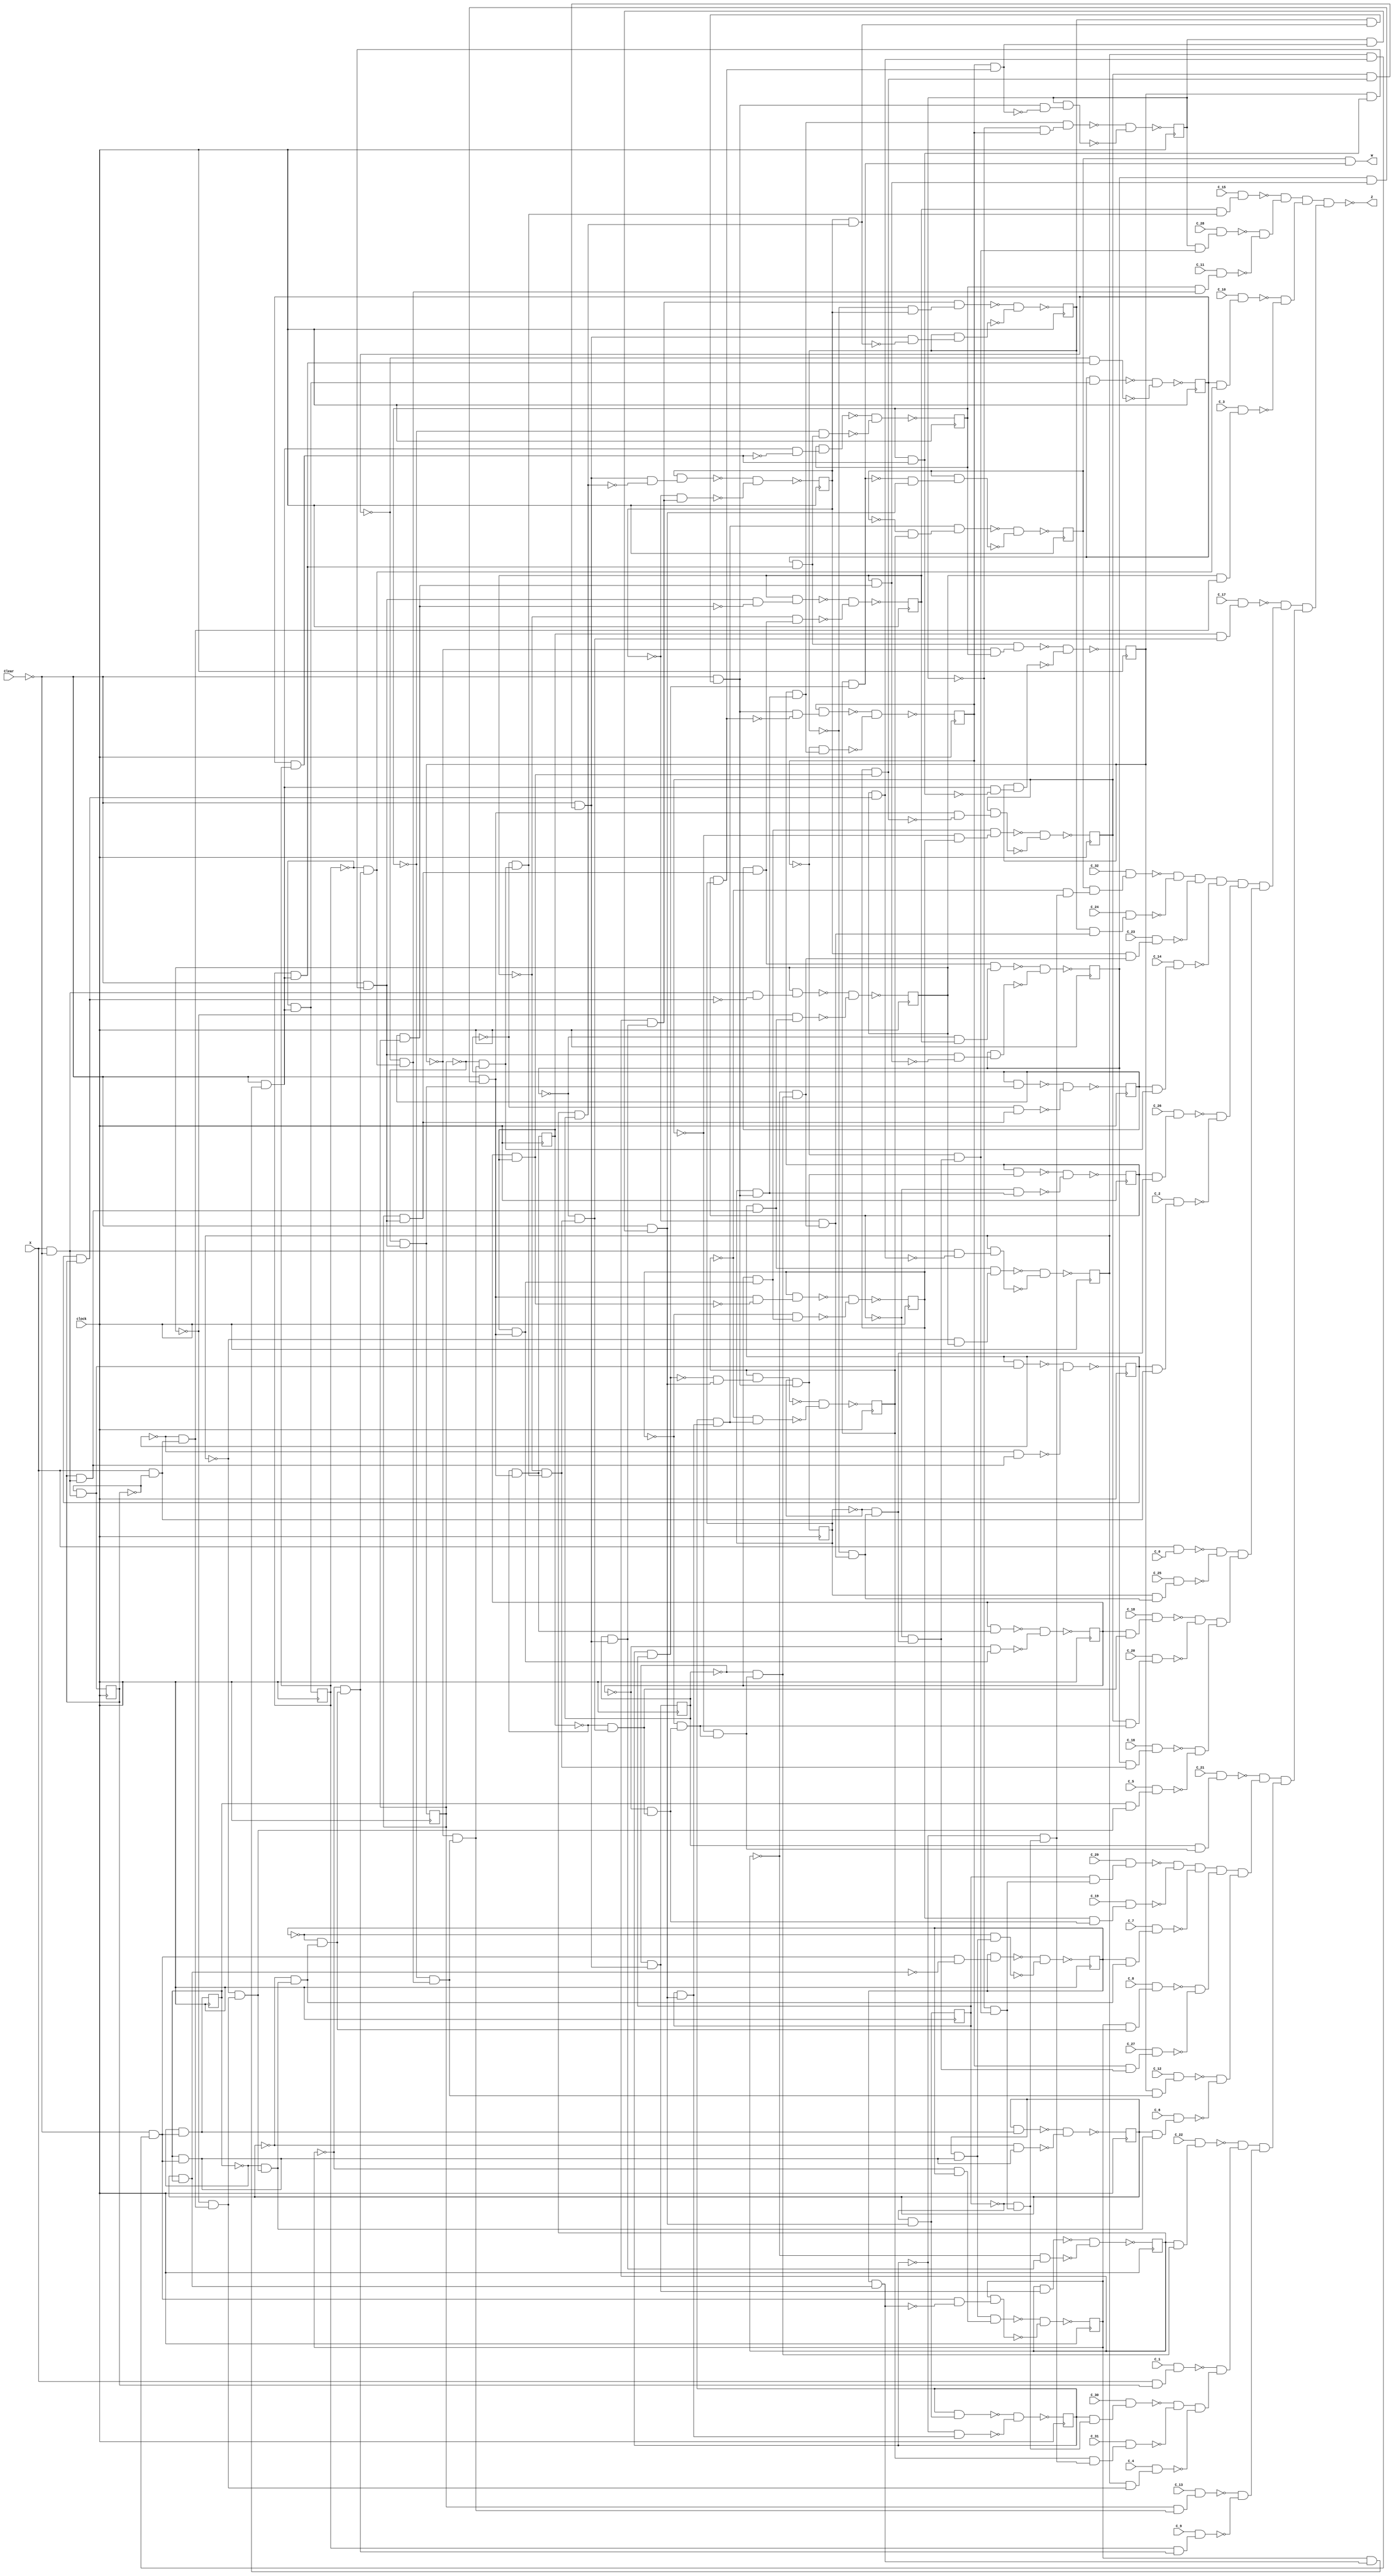
module ex4(clock,X,Clear,C_32,C_31,C_30,C_29,C_28,C_27,C_26,C_25,C_24,C_23,C_22,C_21,C_20,C_19,C_18,C_17,C_16,C_15,C_14,C_13,C_12,C_11,C_10,C_9,C_8,C_7,C_6,C_5,C_4,C_3,C_2,C_1,C_0,W,Z);
input clock;
input X,Clear,C_32,C_31,C_30,C_29,C_28,C_27,C_26,C_25,C_24,C_23,C_22,C_21,C_20,C_19,C_18,C_17,C_16,C_15,C_14,C_13,C_12,C_11,C_10,C_9,C_8,C_7,C_6,C_5,C_4,C_3,C_2,C_1,C_0;
output W,Z;
reg S3,S2,S1,S0,S7,S6,S5,S4,S11,S10,S9,S8,S15,S14,S13,S12,S19,S18,S17,S16,S23,S22,S21,S20,S27,S26,S25,S24,S31,S30,S29,S28;
wire n134,n135,n136_1,n137,n138,n139,n140,n141_1,n142,n143,n144,n145,n146_1,n147,n148,n149,n150,n151_1,n152,n153,n154,n155,n156_1,n157,n158,n159,n160,n161_1,n162,n163,n164,n165,n166_1,n167,n168,n169,n170,n172,n173,n174,n175,n176_1,n177,n178,n179,n180,n181_1,n182,n183,n184,n185,n186_1,n187,n188,n189,n190,n191_1,n192,n193,n194,n195,n196_1,n197,n198,n199,n200,n201_1,n202,n203,n204,n205,n206_1,n207,n208,n209,n210,n211_1,n212,n213,n214,n215,n216_1,n217,n218,n219,n220,n221_1,n222,n223,n224,n225,n226_1,n227,n228,n229,n230,n231_1,n232,n233,n234,n235,n236,n237,n238,n239,n240,n241,n242,n243,n244,n245,n246,n247,n248,n249,n250,n251,n252,n253,n254,n255,n256,n257,n258,n259,n260,n261,n262,n263,n264,n265,n266,n267,n268,n269,n270,n271,n272,n273,n274,n275,n276,n277,n278,n279,n280,n281,n282,n283,n284,n285,n286,n287,n288,n289,n290,n291,n292,n293,n294,n295,n296,n297,n298,n299,n300,n301,n302,n303,n304,n305,n306,n307,n308,n309,n310,n311,n312,n313,n314,n315,n316,n317,n318,n319,n320,n321,n322,n323,n324,n325,n326,n327,n328,n329,n330,n331,n332,n334,n335,n336,n337,n338,n339,n340,n341,n342,n343,n344,n345,n346,n347,n349,n350,n351,n352,n353,n354,n357,n358,n359,n360,n361,n363,n364,n365,n366,n367,n368,n369,n370,n371,n372,n373,n374,n375,n376,n377,n379,n380,n381,n382,n383,n384,n387,n388,n389,n390,n391,n393,n394,n395,n396,n397,n398,n399,n400,n401,n402,n403,n404,n405,n406,n407,n409,n410,n411,n412,n413,n414,n417,n418,n419,n420,n421,n423,n424,n425,n426,n427,n428,n429,n430,n431,n432,n433,n434,n435,n436,n437,n439,n440,n441,n442,n443,n444,n447,n448,n449,n450,n451,n453,n454,n455,n456,n457,n458,n459,n460,n461,n462,n463,n464,n465,n466,n467,n469,n470,n471,n472,n473,n474,n477,n478,n479,n480,n481,n483,n484,n485,n486,n487,n488,n489,n490,n491,n492,n493,n494,n495,n496,n497,n499,n500,n501,n502,n503,n504,n507,n508,n509,n510,n511,n513,n514,n515,n516,n517,n518,n519,n520,n521,n522,n523,n524,n525,n526,n527,n529,n530,n531,n532,n533,n534,n537,n538,n539,n540,n541,n543,n544,n545,n546,n547,n548,n549,n550,n551,n552,n553,n555,n556,n557,n558,n559,n560,n563,n564,n565,n566,n567,NS3,NS2,NS1,NS0,NS7,NS6,NS5,NS4,NS11,NS10,NS9,NS8,NS15,NS14,NS13,NS12,NS19,NS18,NS17,NS16,NS23,NS22,NS21,NS20,NS27,NS26,NS25,NS24,NS31,NS30,NS29,NS28;
not g0(n134,Clear);
not g1(n135,S3);
not g2(n136_1,S2);
not g3(n137,S1);
not g4(n138,S0);
not g5(n139,S7);
not g6(n140,S6);
not g7(n141_1,S5);
not g8(n142,S4);
not g9(n143,S11);
not g10(n144,S10);
not g11(n145,S9);
not g12(n146_1,S8);
not g13(n147,S15);
not g14(n148,S14);
not g15(n149,S13);
not g16(n150,S12);
not g17(n151_1,S19);
not g18(n152,S18);
not g19(n153,S17);
not g20(n154,S16);
not g21(n155,S23);
not g22(n156_1,S22);
not g23(n157,S21);
not g24(n158,S20);
not g25(n159,S27);
not g26(n160,S26);
not g27(n161_1,S25);
not g28(n162,S24);
not g29(n163,S31);
not g30(n164,S30);
not g31(n165,S29);
not g32(n166_1,S28);
and g33(n167,S29,S28);
not g34(n168,n167);
and g35(n169,S30,n167);
not g36(n170,n169);
and g37(W,S31,n169);
and g38(n172,X,n138);
and g39(n173,n137,n172);
and g40(n174,n136_1,n173);
and g41(n175,n135,n174);
and g42(n176_1,n142,n175);
and g43(n177,n141_1,n176_1);
and g44(n178,n140,n177);
and g45(n179,n139,n178);
and g46(n180,n146_1,n179);
and g47(n181_1,n145,n180);
and g48(n182,n144,n181_1);
and g49(n183,n143,n182);
and g50(n184,n150,n183);
and g51(n185,n149,n184);
and g52(n186_1,S14,n185);
and g53(n187,C_15,n186_1);
not g54(n188,n187);
and g55(n189,n148,n185);
and g56(n190,n147,n189);
and g57(n191_1,n154,n190);
and g58(n192,n153,n191_1);
and g59(n193,n152,n192);
and g60(n194,n151_1,n193);
and g61(n195,n158,n194);
and g62(n196_1,n157,n195);
and g63(n197,n156_1,n196_1);
and g64(n198,n155,n197);
and g65(n199,n162,n198);
and g66(n200,n161_1,n199);
and g67(n201_1,n160,n200);
and g68(n202,S27,n201_1);
and g69(n203,C_28,n202);
not g70(n204,n203);
and g71(n205,S10,n181_1);
and g72(n206_1,C_11,n205);
not g73(n207,n206_1);
and g74(n208,n204,n207);
and g75(n209,n188,n208);
and g76(n210,S9,n180);
and g77(n211_1,C_10,n210);
not g78(n212,n211_1);
and g79(n213,S2,n173);
and g80(n214,C_3,n213);
not g81(n215,n214);
and g82(n216_1,n212,n215);
and g83(n217,n209,n216_1);
and g84(n218,S16,n190);
and g85(n219,C_17,n218);
not g86(n220,n219);
and g87(n221_1,n159,n201_1);
and g88(n222,n166_1,n221_1);
and g89(n223,n165,n222);
and g90(n224,n164,n223);
and g91(n225,S31,n224);
and g92(n226_1,C_32,n225);
not g93(n227,n226_1);
and g94(n228,S23,n197);
and g95(n229,C_24,n228);
not g96(n230,n229);
and g97(n231_1,n227,n230);
and g98(n232,S22,n196_1);
and g99(n233,C_23,n232);
not g100(n234,n233);
and g101(n235,n231_1,n234);
and g102(n236,S13,n184);
and g103(n237,C_14,n236);
not g104(n238,n237);
and g105(n239,n235,n238);
and g106(n240,S25,n199);
and g107(n241,C_26,n240);
not g108(n242,n241);
and g109(n243,S1,n172);
and g110(n244,C_2,n243);
not g111(n245,n244);
and g112(n246,n242,n245);
and g113(n247,n239,n246);
and g114(n248,X,C_0);
not g115(n249,n248);
and g116(n250,S24,n198);
and g117(n251,C_25,n250);
not g118(n252,n251);
and g119(n253,n249,n252);
and g120(n254,S17,n191_1);
and g121(n255,C_18,n254);
not g122(n256,n255);
and g123(n257,S19,n193);
and g124(n258,C_20,n257);
not g125(n259,n258);
and g126(n260,n256,n259);
and g127(n261,S15,n189);
and g128(n262,C_16,n261);
not g129(n263,n262);
and g130(n264,S4,n175);
and g131(n265,C_5,n264);
not g132(n266,n265);
and g133(n267,n263,n266);
and g134(n268,n260,n267);
and g135(n269,n253,n268);
and g136(n270,n247,n269);
and g137(n271,n220,n270);
and g138(n272,S20,n194);
and g139(n273,C_21,n272);
not g140(n274,n273);
and g141(n275,S28,n221_1);
and g142(n276,C_29,n275);
not g143(n277,n276);
and g144(n278,S18,n192);
and g145(n279,C_19,n278);
not g146(n280,n279);
and g147(n281,n277,n280);
and g148(n282,S6,n177);
and g149(n283,C_7,n282);
not g150(n284,n283);
and g151(n285,n281,n284);
and g152(n286,S7,n178);
and g153(n287,C_8,n286);
not g154(n288,n287);
and g155(n289,S26,n200);
and g156(n290,C_27,n289);
not g157(n291,n290);
and g158(n292,n288,n291);
and g159(n293,n285,n292);
and g160(n294,S11,n182);
and g161(n295,C_12,n294);
not g162(n296,n295);
and g163(n297,S5,n176_1);
and g164(n298,C_6,n297);
not g165(n299,n298);
and g166(n300,n296,n299);
and g167(n301,n293,n300);
and g168(n302,n274,n301);
and g169(n303,S21,n195);
and g170(n304,C_22,n303);
not g171(n305,n304);
and g172(n306,X,S0);
and g173(n307,C_1,n306);
not g174(n308,n307);
and g175(n309,S29,n222);
and g176(n310,C_30,n309);
not g177(n311,n310);
and g178(n312,S30,n223);
and g179(n313,C_31,n312);
not g180(n314,n313);
and g181(n315,n311,n314);
and g182(n316,S3,n174);
and g183(n317,C_4,n316);
not g184(n318,n317);
and g185(n319,n315,n318);
and g186(n320,n308,n319);
and g187(n321,n305,n320);
and g188(n322,S12,n183);
and g189(n323,C_13,n322);
not g190(n324,n323);
and g191(n325,S8,n179);
and g192(n326,C_9,n325);
not g193(n327,n326);
and g194(n328,n324,n327);
and g195(n329,n321,n328);
and g196(n330,n302,n329);
and g197(n331,n271,n330);
and g198(n332,n217,n331);
not g199(Z,n332);
and g200(n334,X,n134);
and g201(n335,S0,n334);
and g202(n336,S1,n335);
and g203(n337,n135,S2);
and g204(n338,n336,n337);
not g205(n339,n338);
and g206(n340,S1,S0);
not g207(n341,n340);
and g208(n342,S2,n340);
not g209(n343,n342);
and g210(n344,n334,n343);
and g211(n345,S3,n344);
not g212(n346,n345);
and g213(n347,n339,n346);
not g214(NS3,n347);
and g215(n349,n334,n341);
and g216(n350,S2,n349);
not g217(n351,n350);
and g218(n352,n136_1,n336);
not g219(n353,n352);
and g220(n354,n351,n353);
not g221(NS2,n354);
and g222(NS0,n138,n334);
and g223(n357,S1,NS0);
not g224(n358,n357);
and g225(n359,n137,n335);
not g226(n360,n359);
and g227(n361,n358,n360);
not g228(NS1,n361);
and g229(n363,S3,n342);
and g230(n364,n134,n363);
and g231(n365,S4,n364);
and g232(n366,S5,n365);
and g233(n367,n139,S6);
and g234(n368,n366,n367);
not g235(n369,n368);
and g236(n370,S5,S4);
not g237(n371,n370);
and g238(n372,S6,n370);
not g239(n373,n372);
and g240(n374,n364,n373);
and g241(n375,S7,n374);
not g242(n376,n375);
and g243(n377,n369,n376);
not g244(NS7,n377);
and g245(n379,n364,n371);
and g246(n380,S6,n379);
not g247(n381,n380);
and g248(n382,n140,n366);
not g249(n383,n382);
and g250(n384,n381,n383);
not g251(NS6,n384);
and g252(NS4,n142,n364);
and g253(n387,S5,NS4);
not g254(n388,n387);
and g255(n389,n141_1,n365);
not g256(n390,n389);
and g257(n391,n388,n390);
not g258(NS5,n391);
and g259(n393,S7,n372);
and g260(n394,n134,n393);
and g261(n395,S8,n394);
and g262(n396,S9,n395);
and g263(n397,n143,S10);
and g264(n398,n396,n397);
not g265(n399,n398);
and g266(n400,S9,S8);
not g267(n401,n400);
and g268(n402,S10,n400);
not g269(n403,n402);
and g270(n404,n394,n403);
and g271(n405,S11,n404);
not g272(n406,n405);
and g273(n407,n399,n406);
not g274(NS11,n407);
and g275(n409,n394,n401);
and g276(n410,S10,n409);
not g277(n411,n410);
and g278(n412,n144,n396);
not g279(n413,n412);
and g280(n414,n411,n413);
not g281(NS10,n414);
and g282(NS8,n146_1,n394);
and g283(n417,S9,NS8);
not g284(n418,n417);
and g285(n419,n145,n395);
not g286(n420,n419);
and g287(n421,n418,n420);
not g288(NS9,n421);
and g289(n423,S11,n402);
and g290(n424,n134,n423);
and g291(n425,S12,n424);
and g292(n426,S13,n425);
and g293(n427,n147,S14);
and g294(n428,n426,n427);
not g295(n429,n428);
and g296(n430,S13,S12);
not g297(n431,n430);
and g298(n432,S14,n430);
not g299(n433,n432);
and g300(n434,n424,n433);
and g301(n435,S15,n434);
not g302(n436,n435);
and g303(n437,n429,n436);
not g304(NS15,n437);
and g305(n439,n424,n431);
and g306(n440,S14,n439);
not g307(n441,n440);
and g308(n442,n148,n426);
not g309(n443,n442);
and g310(n444,n441,n443);
not g311(NS14,n444);
and g312(NS12,n150,n424);
and g313(n447,S13,NS12);
not g314(n448,n447);
and g315(n449,n149,n425);
not g316(n450,n449);
and g317(n451,n448,n450);
not g318(NS13,n451);
and g319(n453,S15,n432);
and g320(n454,n134,n453);
and g321(n455,S16,n454);
and g322(n456,S17,n455);
and g323(n457,n151_1,S18);
and g324(n458,n456,n457);
not g325(n459,n458);
and g326(n460,S17,S16);
not g327(n461,n460);
and g328(n462,S18,n460);
not g329(n463,n462);
and g330(n464,n454,n463);
and g331(n465,S19,n464);
not g332(n466,n465);
and g333(n467,n459,n466);
not g334(NS19,n467);
and g335(n469,n454,n461);
and g336(n470,S18,n469);
not g337(n471,n470);
and g338(n472,n152,n456);
not g339(n473,n472);
and g340(n474,n471,n473);
not g341(NS18,n474);
and g342(NS16,n154,n454);
and g343(n477,S17,NS16);
not g344(n478,n477);
and g345(n479,n153,n455);
not g346(n480,n479);
and g347(n481,n478,n480);
not g348(NS17,n481);
and g349(n483,S19,n462);
and g350(n484,n134,n483);
and g351(n485,S20,n484);
and g352(n486,S21,n485);
and g353(n487,n155,S22);
and g354(n488,n486,n487);
not g355(n489,n488);
and g356(n490,S21,S20);
not g357(n491,n490);
and g358(n492,S22,n490);
not g359(n493,n492);
and g360(n494,n484,n493);
and g361(n495,S23,n494);
not g362(n496,n495);
and g363(n497,n489,n496);
not g364(NS23,n497);
and g365(n499,n484,n491);
and g366(n500,S22,n499);
not g367(n501,n500);
and g368(n502,n156_1,n486);
not g369(n503,n502);
and g370(n504,n501,n503);
not g371(NS22,n504);
and g372(NS20,n158,n484);
and g373(n507,S21,NS20);
not g374(n508,n507);
and g375(n509,n157,n485);
not g376(n510,n509);
and g377(n511,n508,n510);
not g378(NS21,n511);
and g379(n513,S23,n492);
and g380(n514,n134,n513);
and g381(n515,S24,n514);
and g382(n516,S25,n515);
and g383(n517,n159,S26);
and g384(n518,n516,n517);
not g385(n519,n518);
and g386(n520,S25,S24);
not g387(n521,n520);
and g388(n522,S26,n520);
not g389(n523,n522);
and g390(n524,n514,n523);
and g391(n525,S27,n524);
not g392(n526,n525);
and g393(n527,n519,n526);
not g394(NS27,n527);
and g395(n529,n514,n521);
and g396(n530,S26,n529);
not g397(n531,n530);
and g398(n532,n160,n516);
not g399(n533,n532);
and g400(n534,n531,n533);
not g401(NS26,n534);
and g402(NS24,n162,n514);
and g403(n537,S25,NS24);
not g404(n538,n537);
and g405(n539,n161_1,n515);
not g406(n540,n539);
and g407(n541,n538,n540);
not g408(NS25,n541);
and g409(n543,S27,n522);
and g410(n544,n134,n543);
and g411(n545,S28,n544);
and g412(n546,S29,n545);
and g413(n547,n163,S30);
and g414(n548,n546,n547);
not g415(n549,n548);
and g416(n550,n170,n544);
and g417(n551,S31,n550);
not g418(n552,n551);
and g419(n553,n549,n552);
not g420(NS31,n553);
and g421(n555,n168,n544);
and g422(n556,S30,n555);
not g423(n557,n556);
and g424(n558,n164,n546);
not g425(n559,n558);
and g426(n560,n557,n559);
not g427(NS30,n560);
and g428(NS28,n166_1,n544);
and g429(n563,S29,NS28);
not g430(n564,n563);
and g431(n565,n165,n545);
not g432(n566,n565);
and g433(n567,n564,n566);
not g434(NS29,n567);
always @(posedge clock) begin
S31<=NS31;
S30<=NS30;
S29<=NS29;
S28<=NS28;
S27<=NS27;
S26<=NS26;
S25<=NS25;
S24<=NS24;
S23<=NS23;
S22<=NS22;
S21<=NS21;
S20<=NS20;
S19<=NS19;
S18<=NS18;
S17<=NS17;
S16<=NS16;
S15<=NS15;
S14<=NS14;
S13<=NS13;
S12<=NS12;
S11<=NS11;
S10<=NS10;
S9<=NS9;
S8<=NS8;
S7<=NS7;
S6<=NS6;
S5<=NS5;
S4<=NS4;
S3<=NS3;
S2<=NS2;
S1<=NS1;
S0<=NS0;
end
endmodule